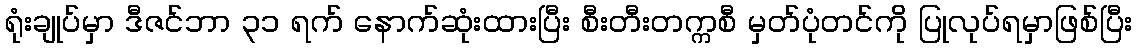
ရုံးချုပ်မှာ ဒီဇင်ဘာ ၃၁ ရက် နောက်ဆုံးထားပြီး စီးတီးတက္ကစီ မှတ်ပုံတင်ကို ပြုလုပ်ရမှာဖြစ်ပြီး